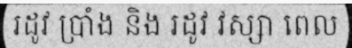
រដូវ ប្រាំង និង រដូវ វស្សា ពេល